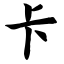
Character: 卡